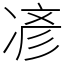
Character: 𫝏